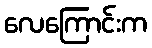
လေကြောင်းက